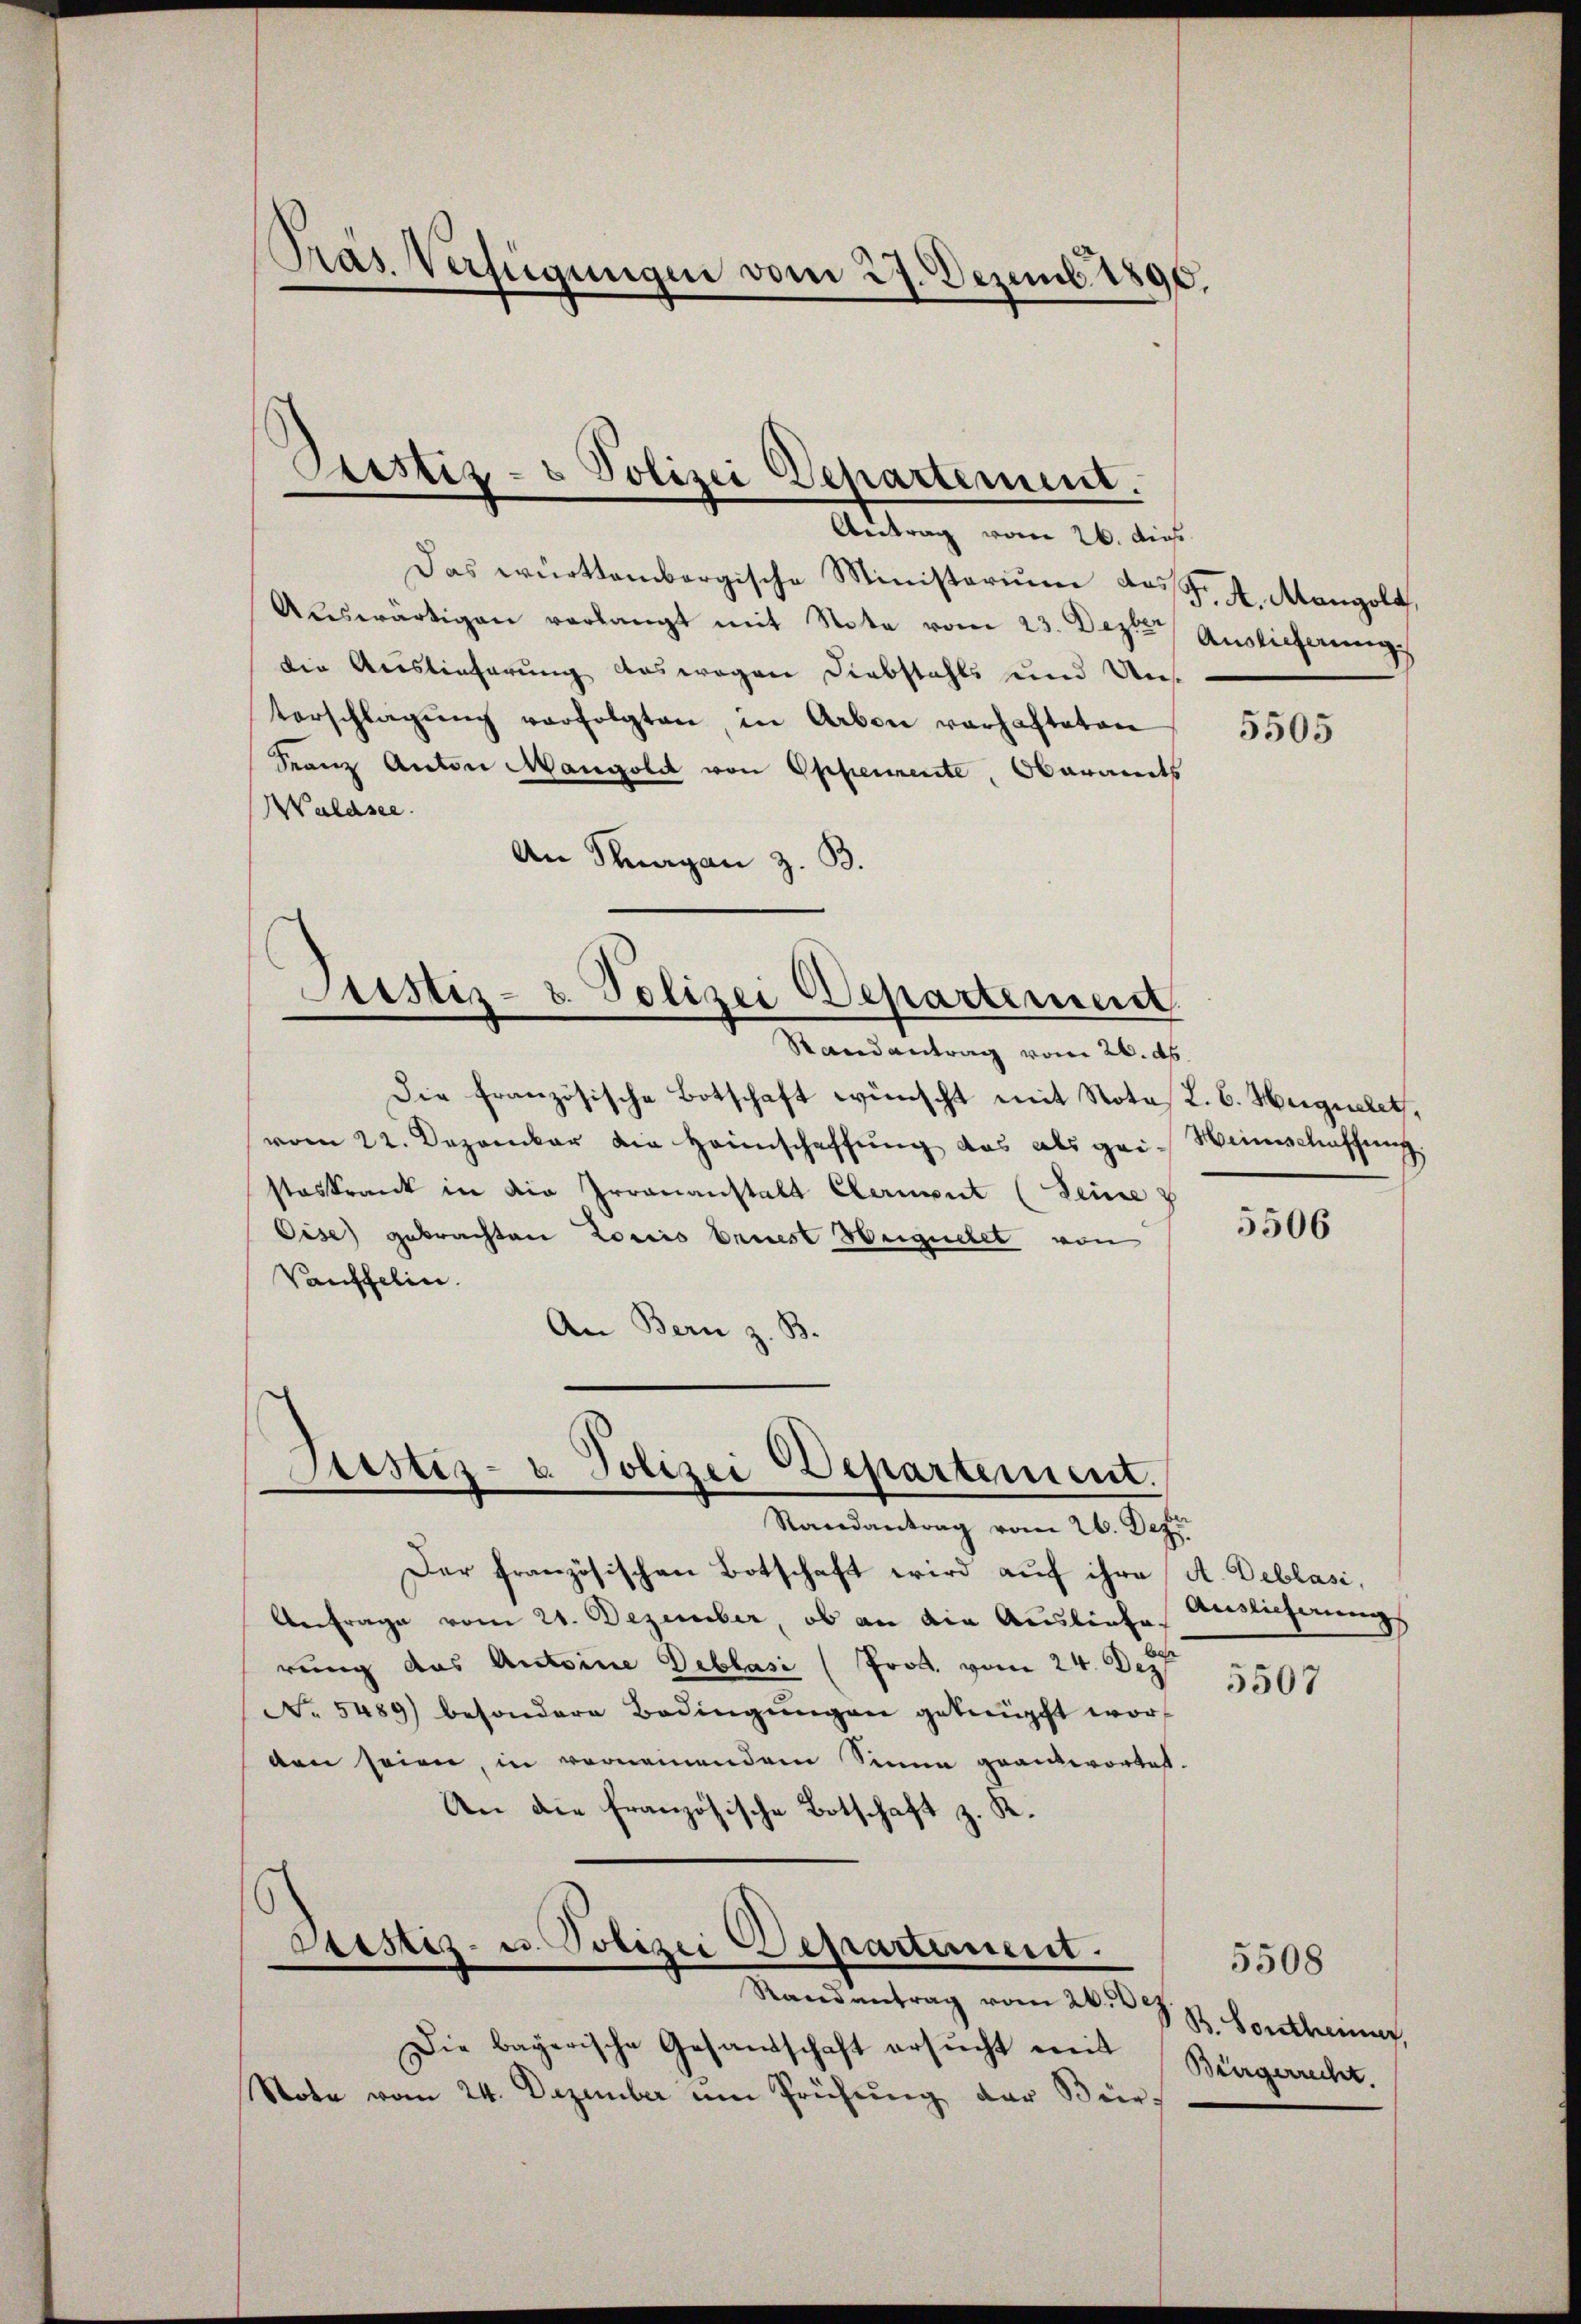
Präs. Verfügungen vom 27. Dezemb. 1890.

Geistiz- & Polizei Departement.

Antrag vom 26. dies
Das württembergische Ministerium das fr. A. Mangold,
Aŭswärtigen verlangt mit Note vom 23. Dezter Auslieferung
die Auslieferung auswegen Diebstahls und Unterschlagŭng verfolgten, in Arben verhafteten
Franz Anton Mangold von Ephemente, Oberamts
Waldsee.
An Knagan z. B.
Justiz- & Polizei Departemen

Justiz- u. Polizei Departement.
Randantrag vom 26. Dez.

Die französische Botschaft wünscht mit Notas L. C. Hegnetet,
vom 22. Dezember die Heimschaffung das als gei- Weinschaffung
steskrank in die Irrenanstalt Clerient (Seine u
Cise) gebrachten Lociis brust Weignetet von
Vauffelin.
An Bern z. B.

Randantrag vom 26. ds.

Der französischen Botschaft wird auf ihre A. Deblasi,
Anfrage vom 21. Dezember, ob an die Ausliefe
rung das Antoine Deblasi (Prod. vom 24. d. 9t
No 5489) besondere Bedingŭngen geknüpft worden seien, in vornennendem Sinne geantwortet.
An die französische Botschaft z. R.
Sistiz- u. Polizei Departement.
Randantrag vom 26. Dez
Die bayerische Gesandschaft ersucht mit Bürgerrecht.
Note vom 24. Dezember am Prüfung der Bür¬

5505

5506

Auslicherung

5507

B. Sonstheimer,

5508